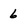
Character: 6